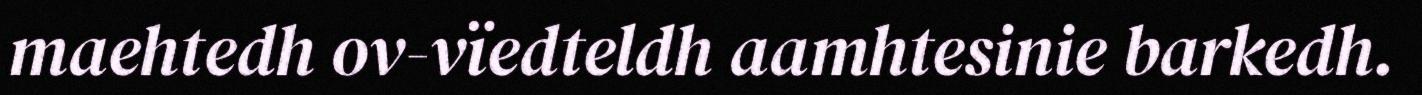
maehtedh ov-vïedteldh aamhtesinie barkedh.